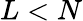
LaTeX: L<N